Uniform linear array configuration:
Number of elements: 4
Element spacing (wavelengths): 0.75
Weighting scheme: cosine
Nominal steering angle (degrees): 60
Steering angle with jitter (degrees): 59.409
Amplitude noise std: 0.05
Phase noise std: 0.05

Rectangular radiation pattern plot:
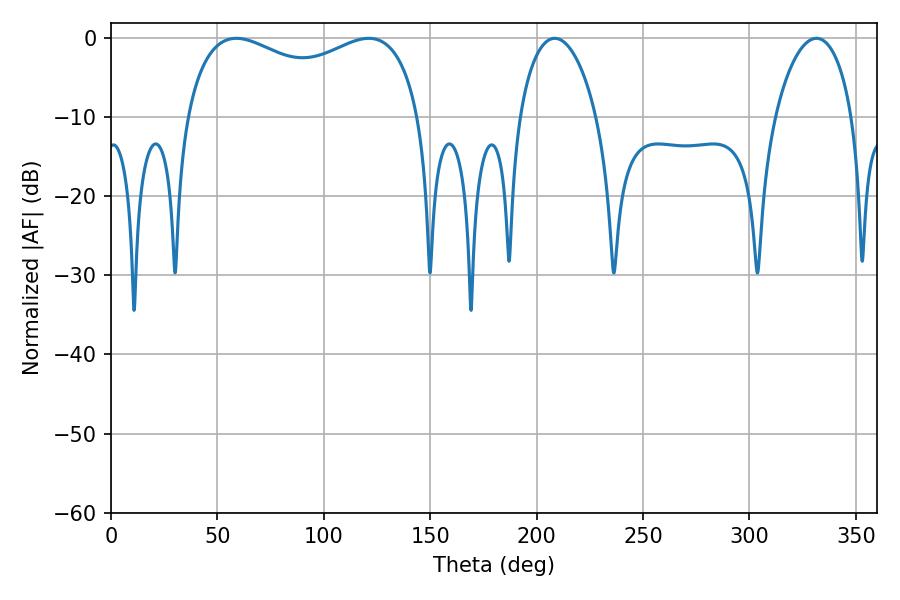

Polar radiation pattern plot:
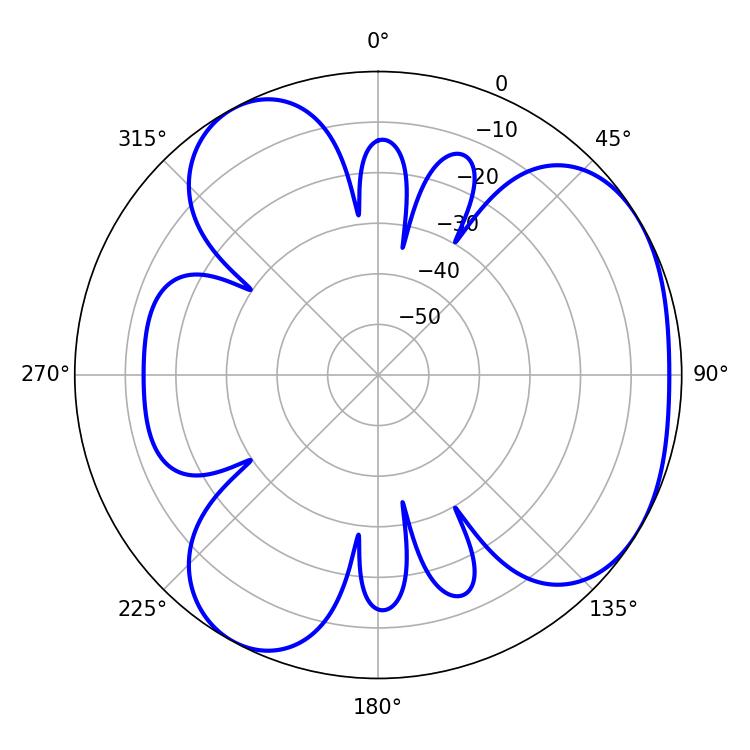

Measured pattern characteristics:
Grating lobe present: TRUE
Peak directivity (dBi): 4.147
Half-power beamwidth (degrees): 91.44
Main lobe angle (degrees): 58.86